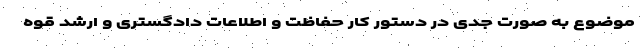
موضوع به صورت جدی در دستور کار حفاظت و اطلاعات دادگستری و ارشد قوه